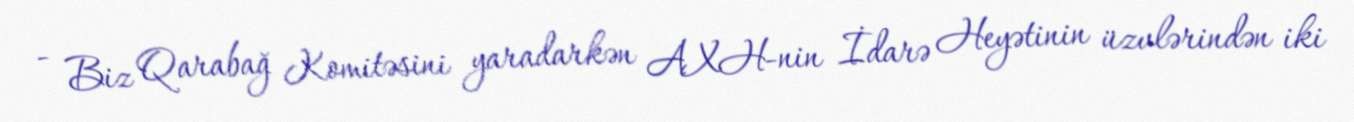
- Biz Qarabağ Komitəsini yaradarkən AXH-nin İdarə Heyətinin üzvlərindən iki